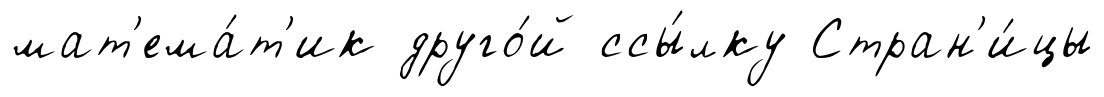
мат'ема́т'ик друго́й ссы́лку Стран'и́цы